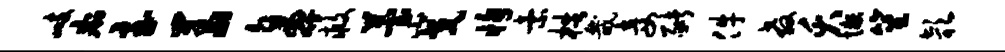
峙痢至羞鼻救苔小戈恂索梏畿妾猪件教夭懒笙欹